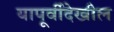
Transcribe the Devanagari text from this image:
यापूर्वीदेखील